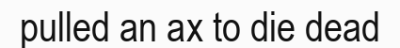
pulled an ax to die dead